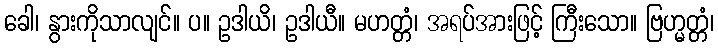
ခေါ၊ နွားကိုသာလျင်။ ပ။ ဥဒါယိ၊ ဥဒါယီ။ မဟတ္တံ၊ အရပ်အားဖြင့် ကြီးသော။ ဗြဟ္မတ္တံ၊